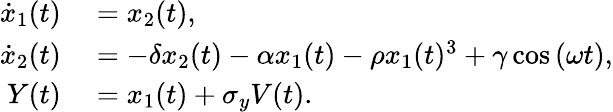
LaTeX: \begin{array}{rl}{\dot{x}_{1}(t)}&{{}=x_{2}(t),}\\ {\dot{x}_{2}(t)}&{{}=-\delta x_{2}(t)-\alpha x_{1}(t)-\rho x_{1}(t)^{3}+\gamma\cos{(\omega t)},}\\ {Y(t)}&{{}=x_{1}(t)+\sigma_{y}V(t).}\end{array}